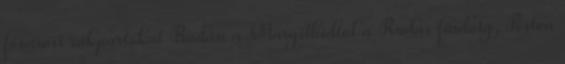
fõvárosi rakpartokat Budán a Margithídtól a Rudas fürdõig, Pesten